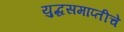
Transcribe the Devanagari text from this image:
युद्धसमाप्तीचे